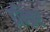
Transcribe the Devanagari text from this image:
इन्क्रिप्ट